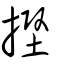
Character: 摼